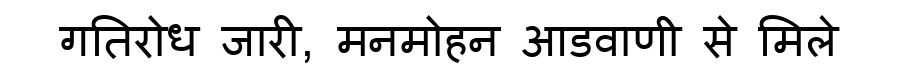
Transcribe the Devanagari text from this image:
गतिरोध जारी, मनमोहन आडवाणी से मिले